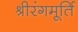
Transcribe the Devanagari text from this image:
श्रीरंगमूर्ति